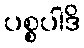
ပစ္စပါဒိ